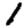
Digit: 1